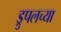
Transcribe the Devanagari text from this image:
ड्रुपलच्या